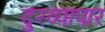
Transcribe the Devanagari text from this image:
दुरव्यापार